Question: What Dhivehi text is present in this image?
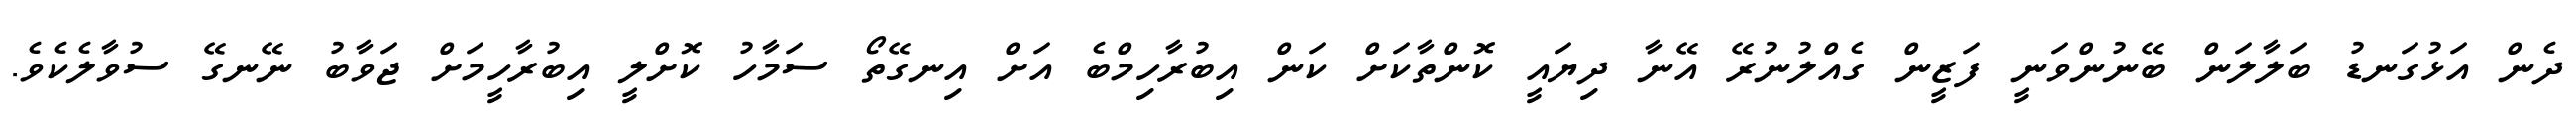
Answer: ދެން އަޅުގަނޑު ބަލާލަން ބޭނުންވަނީ ފަޒީން ގެއްލުނުރޭ އޭނާ ދިޔައީ ކޮންތާކަށް ކަން އިބުރާހިމްބެ އަށް އިނގޭތޯ ސަމާހު ކޮށްލީ އިބުރާހީމަށް ޖަވާބު ނޭނގޭ ސުވާލެކެވެ.